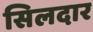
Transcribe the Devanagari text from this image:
सिलदार